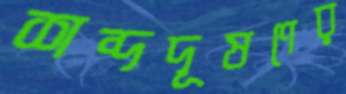
শব্দদূষণের